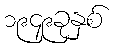
၁၉၄၉ခုနှစ်